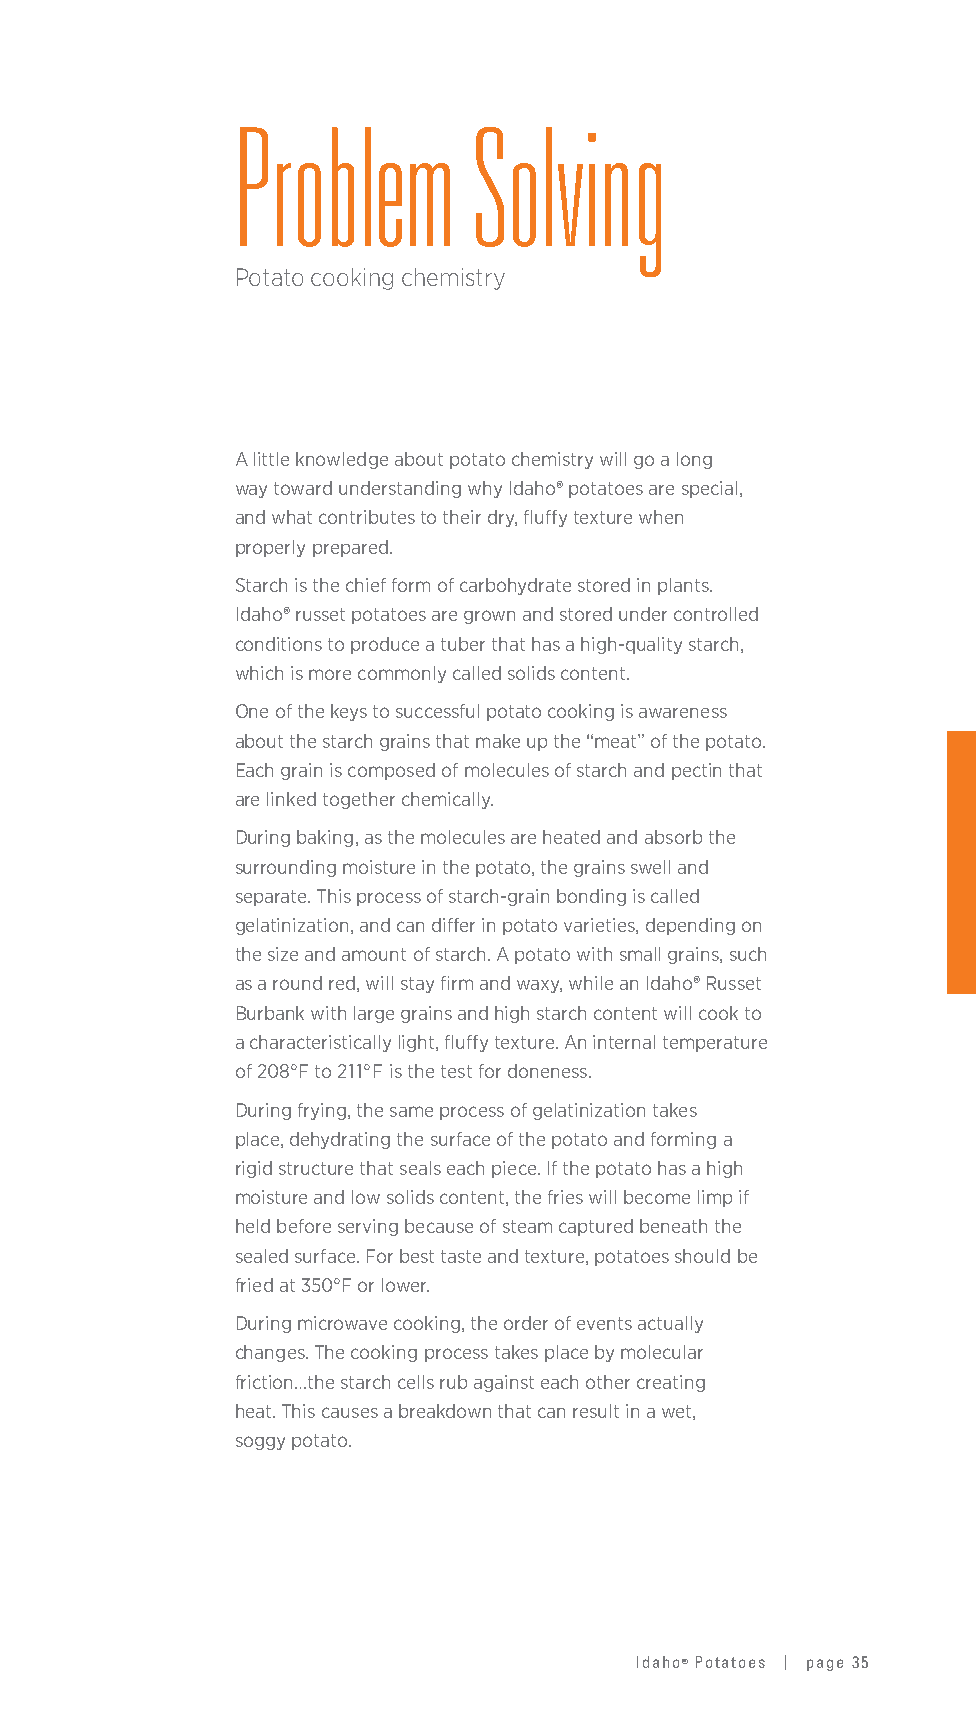
Problem        Solving
 Potato cooking chemistry
 A little knowledge about potato chemistry will go a long
 way toward understanding why Idaho® potatoes are special,
 and what contributes to their dry, fluffy texture when
 properly prepared.
 Starch is the chief form of carbohydrate stored in plants.
 Idaho® russet potatoes are grown and stored under controlled
 conditions to produce a tuber that has a high-quality starch,
 which is more commonly called solids content.
 One of the keys to successful potato cooking is awareness
 about the starch grains that make up the “meat” of the potato.
 Each grain is composed of molecules of starch and pectin that
 are linked together chemically.
 During baking, as the molecules are heated and absorb the
 surrounding moisture in the potato, the grains swell and
 separate. This process of starch-grain bonding is called
 gelatinization, and can differ in potato varieties, depending on
 the size and amount of starch. A potato with small grains, such
 as a round red, will stay firm and waxy, while an Idaho® Russet
 Burbank with large grains and high starch content will cook to
 a characteristically light, fluffy texture. An internal temperature
 of 208°F to 211°F is the test for doneness.
 During frying, the same process of gelatinization takes
 place, dehydrating the surface of the potato and forming a
 rigid structure that seals each piece. If the potato has a high
 moisture and low solids content, the fries will become limp if
 held before serving because of steam captured beneath the
 sealed surface. For best taste and texture, potatoes should be
 fried at 350°F or lower.
 During microwave cooking, the order of events actually
 changes. The cooking process takes place by molecular
 friction…the starch cells rub against each other creating
 heat. This causes a breakdown that can result in a wet,
 soggy potato.
 Idaho® Potatoes | page 35